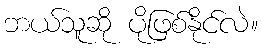
ဘယ်သူဆို ပိုဖြစ်နိုင်လဲ။